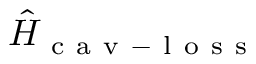
\hat { H } _ { \mathrm { ~ c ~ a ~ v ~ - ~ l ~ o ~ s ~ s ~ } }